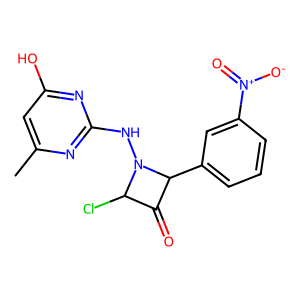
SMILES: Cc1cc(O)nc(NN2C(Cl)C(=O)C2c2cccc([N+](=O)[O-])c2)n1
Inhibits HIV replication: No